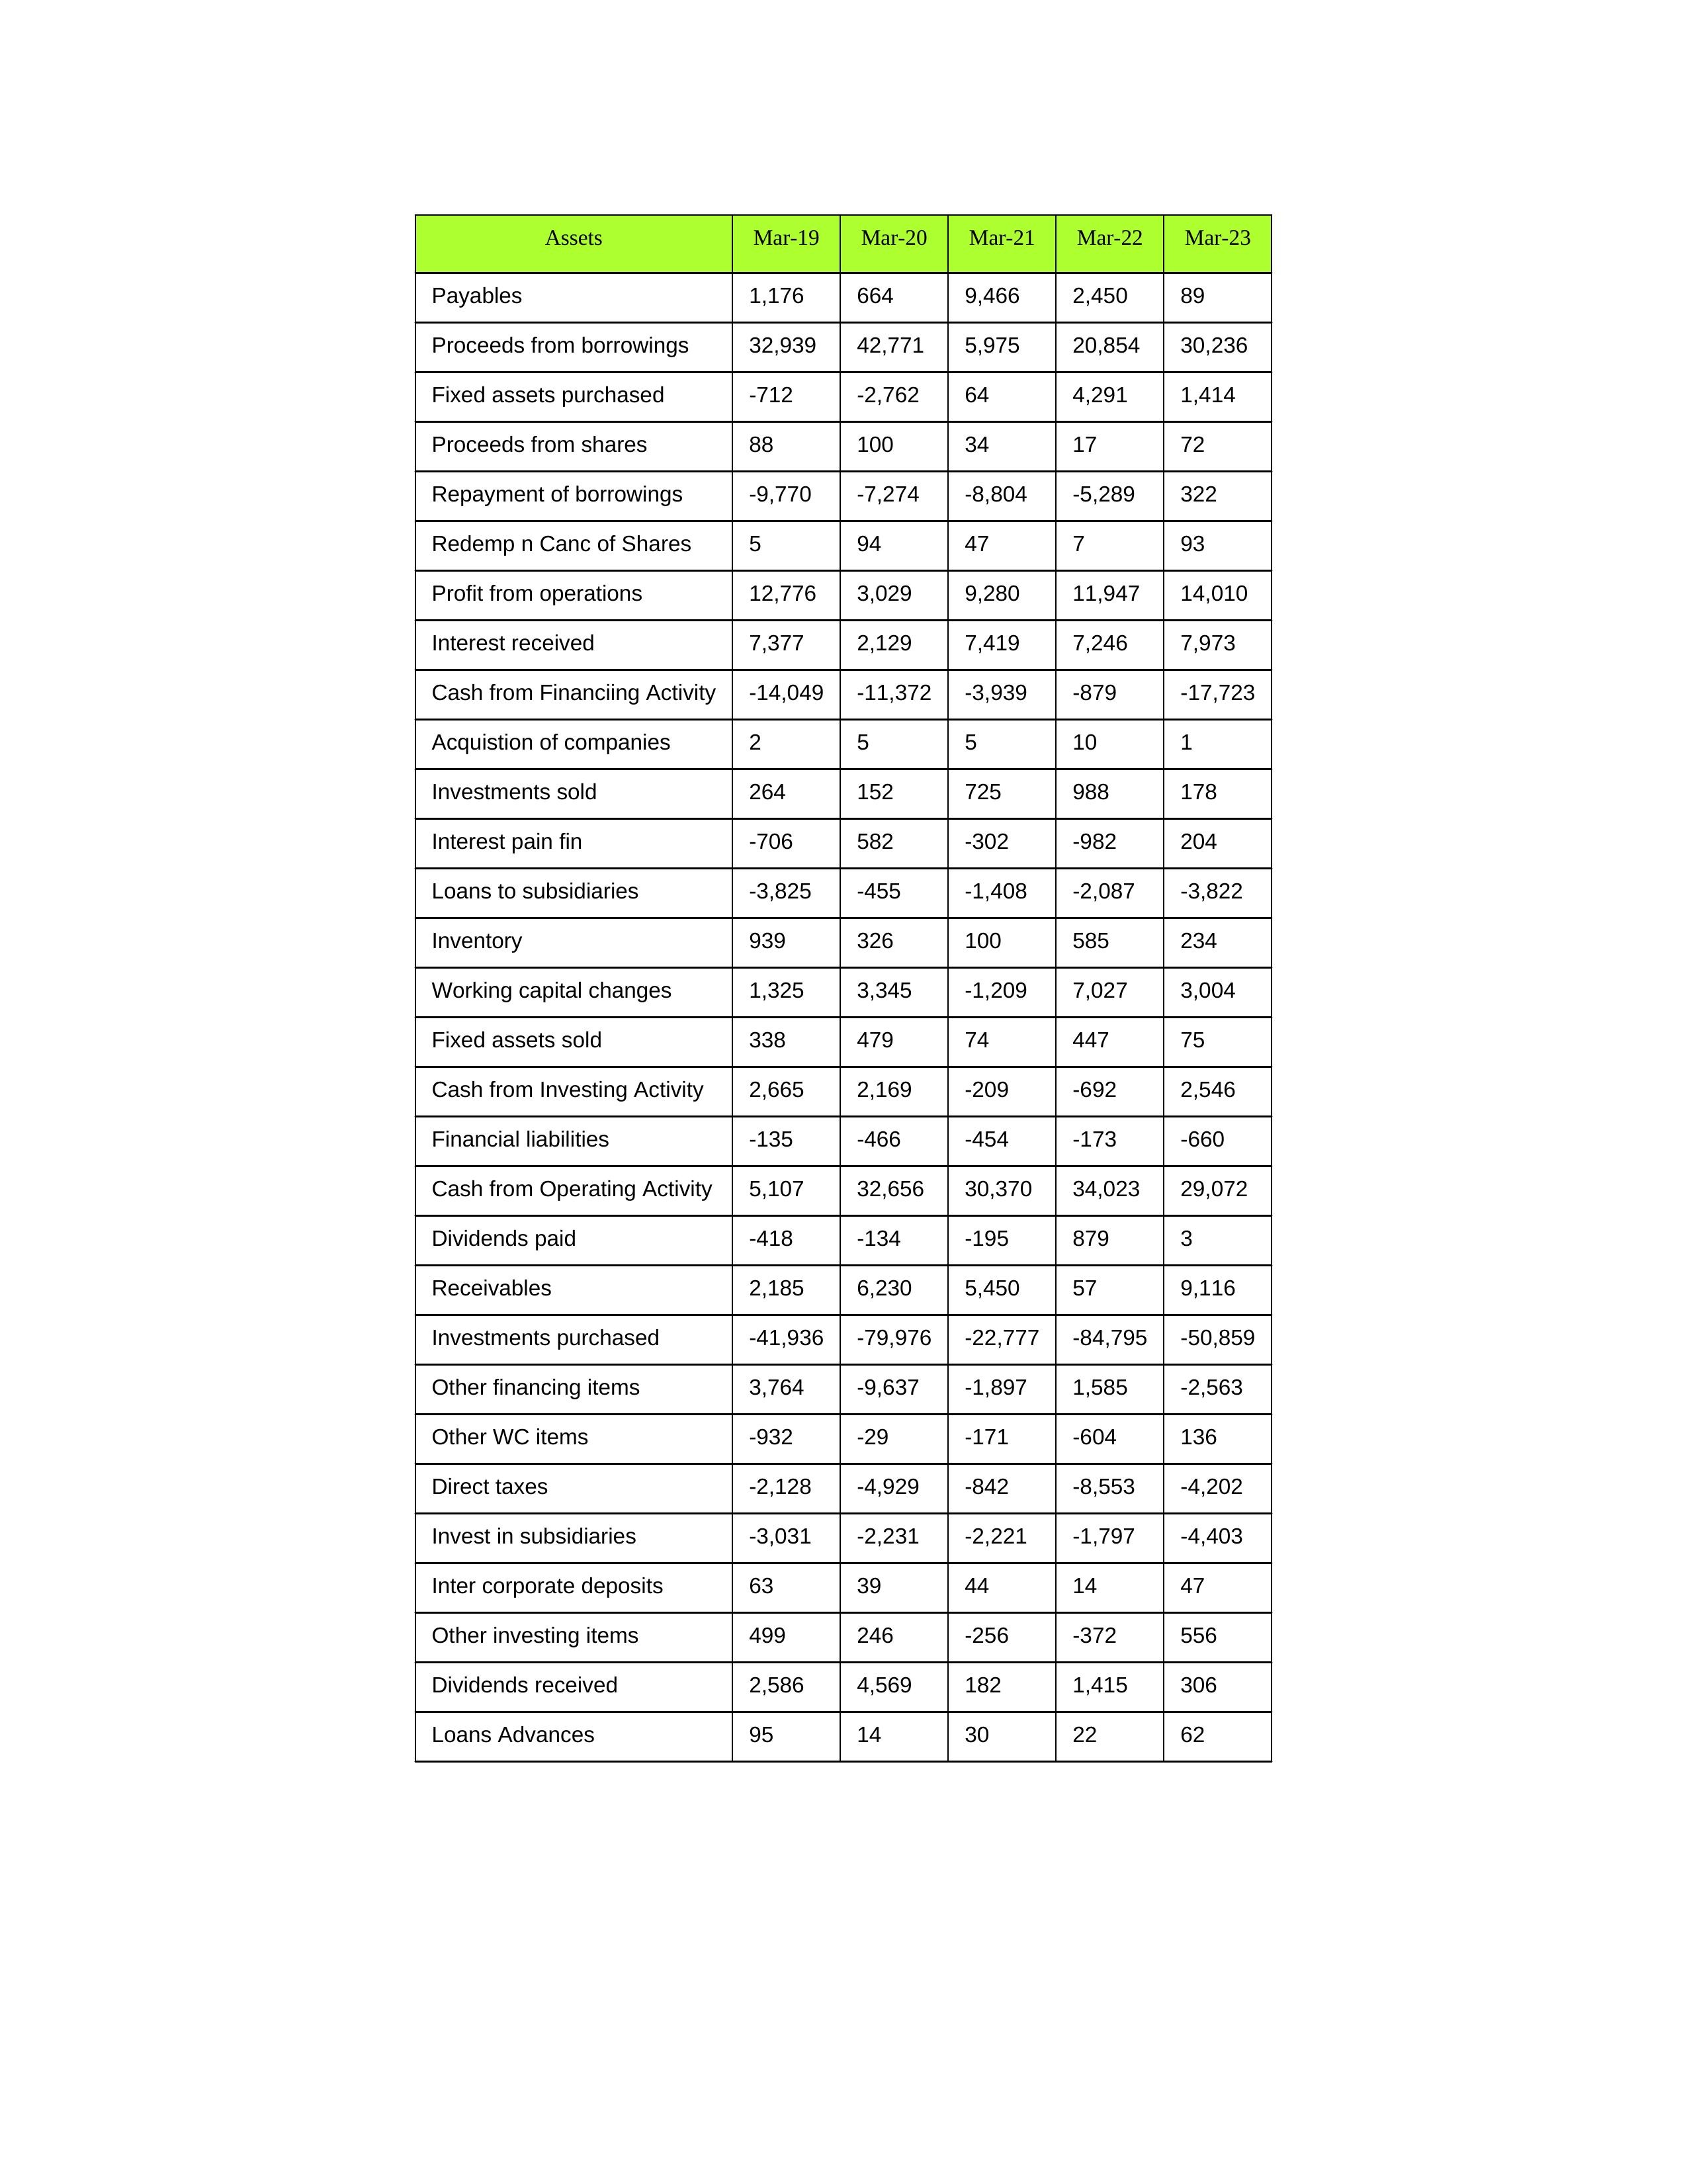
gt_parse: Mar-19: Cash from Operating Activity: 5,107
Profit from operations: 12,776
Receivables: 2,185
Inventory: 939
Payables: 1,176
Loans Advances: 95
Other WC items: -932
Working capital changes: 1,325
Direct taxes: -2,128
Cash from Investing Activity: 2,665
Fixed assets purchased: -712
Fixed assets sold: 338
Investments purchased: -41,936
Investments sold: 264
Interest received: 7,377
Dividends received: 2,586
Invest in subsidiaries: -3,031
Loans to subsidiaries: -3,825
Redemp n Canc of Shares: 5
Acquistion of companies: 2
Inter corporate deposits: 63
Other investing items: 499
Cash from Financiing Activity: -14,049
Proceeds from shares: 88
Proceeds from borrowings: 32,939
Repayment of borrowings: -9,770
Interest pain fin: -706
Dividends paid: -418
Financial liabilities: -135
Other financing items: 3,764
Mar-20: Cash from Operating Activity: 32,656
Profit from operations: 3,029
Receivables: 6,230
Inventory: 326
Payables: 664
Loans Advances: 14
Other WC items: -29
Working capital changes: 3,345
Direct taxes: -4,929
Cash from Investing Activity: 2,169
Fixed assets purchased: -2,762
Fixed assets sold: 479
Investments purchased: -79,976
Investments sold: 152
Interest received: 2,129
Dividends received: 4,569
Invest in subsidiaries: -2,231
Loans to subsidiaries: -455
Redemp n Canc of Shares: 94
Acquistion of companies: 5
Inter corporate deposits: 39
Other investing items: 246
Cash from Financiing Activity: -11,372
Proceeds from shares: 100
Proceeds from borrowings: 42,771
Repayment of borrowings: -7,274
Interest pain fin: 582
Dividends paid: -134
Financial liabilities: -466
Other financing items: -9,637
Mar-21: Cash from Operating Activity: 30,370
Profit from operations: 9,280
Receivables: 5,450
Inventory: 100
Payables: 9,466
Loans Advances: 30
Other WC items: -171
Working capital changes: -1,209
Direct taxes: -842
Cash from Investing Activity: -209
Fixed assets purchased: 64
Fixed assets sold: 74
Investments purchased: -22,777
Investments sold: 725
Interest received: 7,419
Dividends received: 182
Invest in subsidiaries: -2,221
Loans to subsidiaries: -1,408
Redemp n Canc of Shares: 47
Acquistion of companies: 5
Inter corporate deposits: 44
Other investing items: -256
Cash from Financiing Activity: -3,939
Proceeds from shares: 34
Proceeds from borrowings: 5,975
Repayment of borrowings: -8,804
Interest pain fin: -302
Dividends paid: -195
Financial liabilities: -454
Other financing items: -1,897
Mar-22: Cash from Operating Activity: 34,023
Profit from operations: 11,947
Receivables: 57
Inventory: 585
Payables: 2,450
Loans Advances: 22
Other WC items: -604
Working capital changes: 7,027
Direct taxes: -8,553
Cash from Investing Activity: -692
Fixed assets purchased: 4,291
Fixed assets sold: 447
Investments purchased: -84,795
Investments sold: 988
Interest received: 7,246
Dividends received: 1,415
Invest in subsidiaries: -1,797
Loans to subsidiaries: -2,087
Redemp n Canc of Shares: 7
Acquistion of companies: 10
Inter corporate deposits: 14
Other investing items: -372
Cash from Financiing Activity: -879
Proceeds from shares: 17
Proceeds from borrowings: 20,854
Repayment of borrowings: -5,289
Interest pain fin: -982
Dividends paid: 879
Financial liabilities: -173
Other financing items: 1,585
Mar-23: Cash from Operating Activity: 29,072
Profit from operations: 14,010
Receivables: 9,116
Inventory: 234
Payables: 89
Loans Advances: 62
Other WC items: 136
Working capital changes: 3,004
Direct taxes: -4,202
Cash from Investing Activity: 2,546
Fixed assets purchased: 1,414
Fixed assets sold: 75
Investments purchased: -50,859
Investments sold: 178
Interest received: 7,973
Dividends received: 306
Invest in subsidiaries: -4,403
Loans to subsidiaries: -3,822
Redemp n Canc of Shares: 93
Acquistion of companies: 1
Inter corporate deposits: 47
Other investing items: 556
Cash from Financiing Activity: -17,723
Proceeds from shares: 72
Proceeds from borrowings: 30,236
Repayment of borrowings: 322
Interest pain fin: 204
Dividends paid: 3
Financial liabilities: -660
Other financing items: -2,563